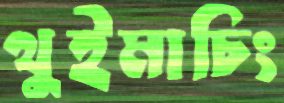
থুইমাচিং